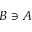
B \ni A